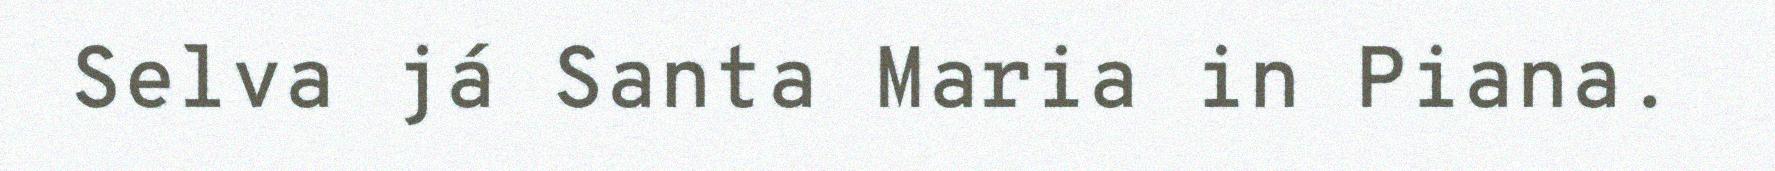
Selva já Santa Maria in Piana.